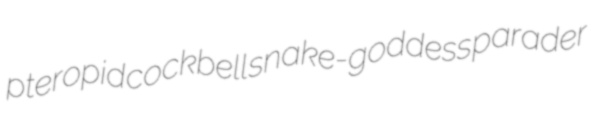
pteropid cockbell snake-goddess parader